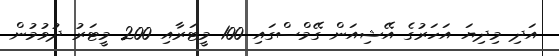
އަދި މިދިޔަ އަހަރުގެ އޭޝިއަން ގޭމްސްގައި 100 މީޓަރާއި 200 މީޓަރު ދުވުމުން